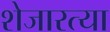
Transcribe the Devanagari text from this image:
शेजारत्या